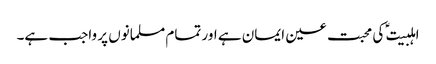
اہلبیت ؑ کی محبت عین ایمان ہے اور تمام مسلمانوں پر واجب ہے۔